Problem: 13 + 3 = ?
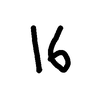
Handwritten answer: 16